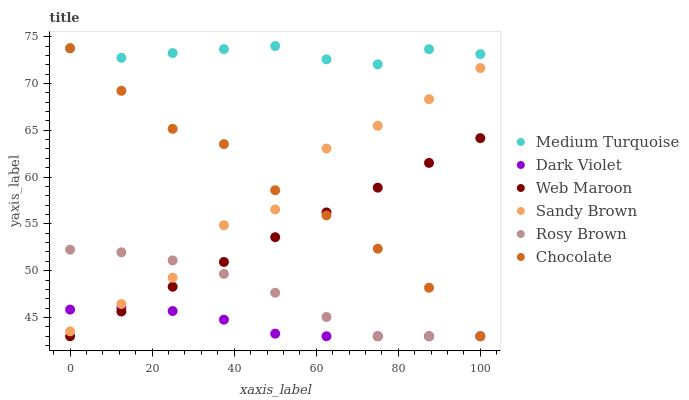
| xaxis_label | Medium Turquoise | Dark Violet | Web Maroon | Sandy Brown | Rosy Brown | Chocolate |
 | --- | --- | --- | --- | --- | --- | --- |
 | 0 | 73.7 | 45.8 | 43 | 43.5 | 52.2 | 73.8 |
 | 12.5 | 72.7 | 46.1 | 45.6 | 46.4 | 52 | 69.2 |
 | 25 | 73.2 | 45.7 | 48.3 | 49.3 | 51.1 | 65.2 |
 | 37.5 | 73.7 | 44.8 | 50.9 | 54.9 | 49.7 | 63.5 |
 | 50 | 74 | 43.3 | 53.6 | 56.5 | 47.6 | 58.6 |
 | 62.5 | 72.6 | 43 | 56.2 | 63.1 | 45.1 | 55.9 |
 | 75 | 72 | 43 | 58.9 | 65.5 | 43 | 52.3 |
 | 87.5 | 73.7 | 43 | 61.5 | 68.3 | 43 | 48.2 |
 | 100 | 73.1 | 43 | 64.2 | 71.6 | 43 | 43 |